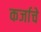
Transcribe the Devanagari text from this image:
कर्जाचे